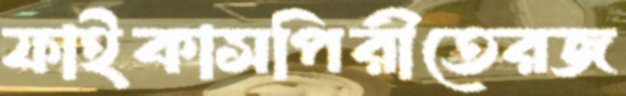
ফাইকাসপিরীতেরজ